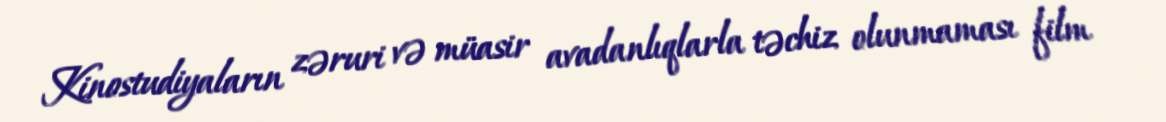
Kinostudiyaların zəruri və müasir avadanlıqlarla təchiz olunmaması film